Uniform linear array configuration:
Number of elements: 8
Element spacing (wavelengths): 0.5
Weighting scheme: hann
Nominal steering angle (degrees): -15
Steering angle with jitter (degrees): -14.824
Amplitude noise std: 0.05
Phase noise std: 0.05

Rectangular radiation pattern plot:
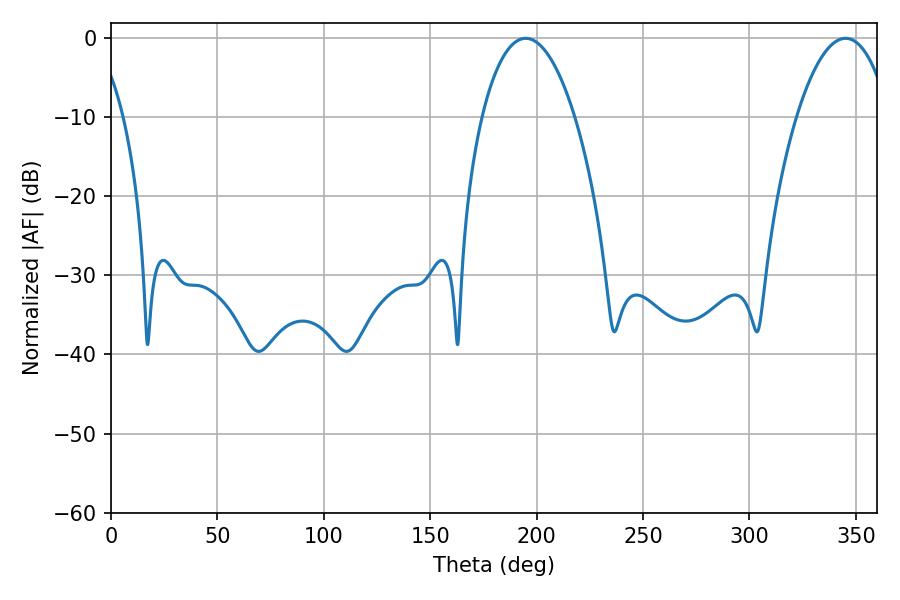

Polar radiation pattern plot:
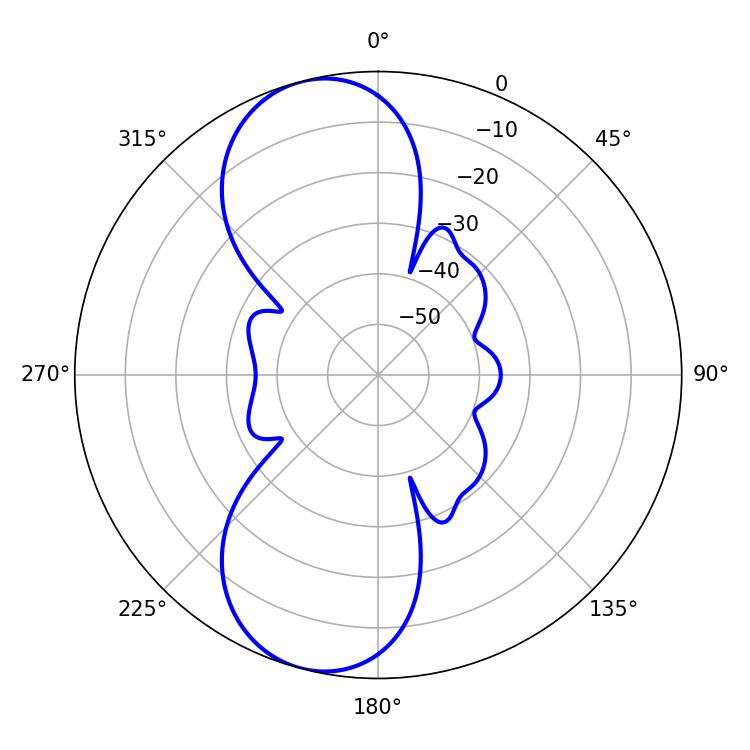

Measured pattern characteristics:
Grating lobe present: FALSE
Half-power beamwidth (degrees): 24.3
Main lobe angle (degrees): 194.94